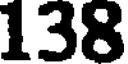
138